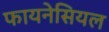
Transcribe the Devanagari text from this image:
फायनेसियल